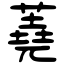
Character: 蕘